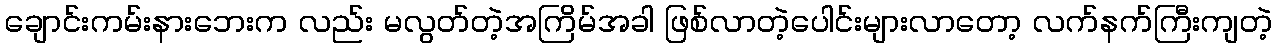
ချောင်းကမ်းနားဘေးက လည်း မလွတ်တဲ့အကြိမ်အခါ ဖြစ်လာတဲ့ပေါင်းများလာတော့ လက်နက်ကြီးကျတဲ့